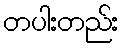
တပါးတည်း